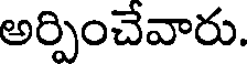
అర్పించేవారు.